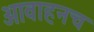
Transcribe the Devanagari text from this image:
आवाहनच